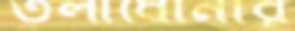
তুলাধোনার